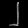
Digit: ၂